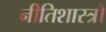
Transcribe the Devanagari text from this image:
नीतिशास्त्रों